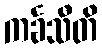
ကင်္ခသီတိ